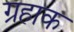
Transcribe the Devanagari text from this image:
ग्रहाक